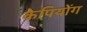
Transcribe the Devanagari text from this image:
केपियोंग